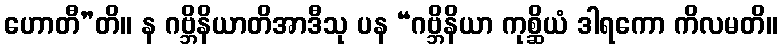
ဟောတီ”တိ။ န ဂဗ္ဘိနိယာတိအာဒီသု ပန “ဂဗ္ဘိနိယာ ကုစ္ဆိယံ ဒါရကော ကိလမတိ။